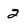
Character: 2